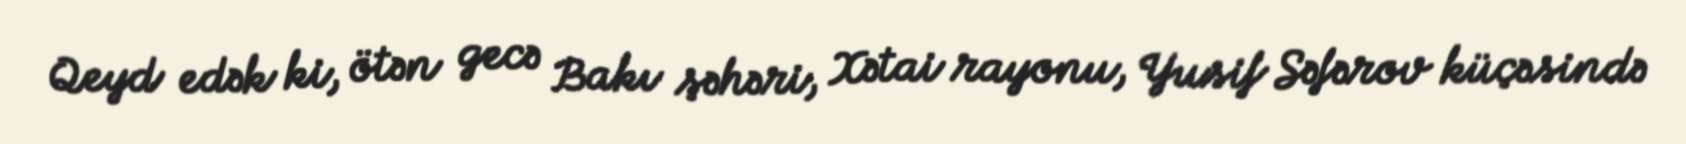
Qeyd edək ki, ötən gecə Bakı şəhəri, Xətai rayonu, Yusif Səfərov küçəsində